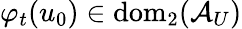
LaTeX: \varphi_{t}(u_{0})\in\mathrm{dom}_{2}(\mathcal{A}_{U})